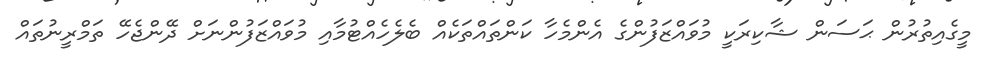
މީގެއިތުރުން ޙަސަން ޝާކިރަކީ މުވައްޒަފުންގެ އެންމެހާ ކަންތައްތަކެއް ބެލެހެއްޓުމާއި މުވައްޒަފުންނަށް ދޭންޖެހޭ ތަމްރީނުތައް